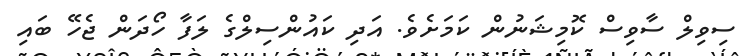
ސިވިލް ސާވިސް ކޮމިޝަނުން ކަމަށެވެ. އަދި ކައުންސިލްގެ ލަފާ ހޯދަން ޖެހޭ ބައި